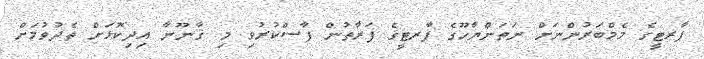
ޕާރޓީގެ މެމްބަރުންނަށް ނަތަންޔާހޫގެ ޕާރޓީގެ ފަރާތުން ފާސްކުރުވި މި ޤާނޫނާ އިދިކޮޅަށް ތެދުވުމަށް